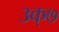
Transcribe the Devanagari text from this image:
३क्७